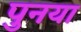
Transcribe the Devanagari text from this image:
पुनया